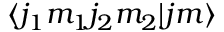
\langle j _ { 1 } m _ { 1 } j _ { 2 } m _ { 2 } | j m \rangle